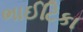
ભાઈટિકા